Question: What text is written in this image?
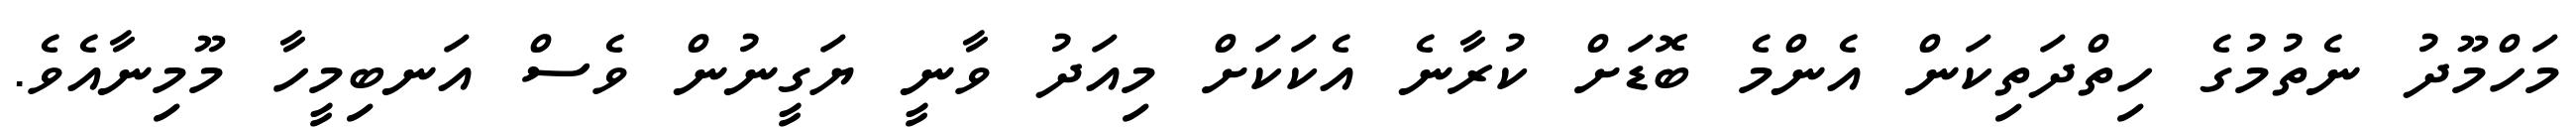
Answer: މަހްމޫދު ނެތުމުގެ ހިތްދަތިކަން އެންމެ ބޮޑަށް ކުރާނެ އެކަކަށް މިއަދު ވާނީ ޔަގީނުން ވެސް އަނބިމީހާ މޫމިނާއެވެ.